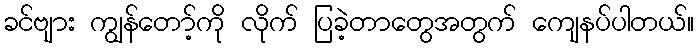
ခင်ဗျား ကျွန်တော့်ကို လိုက် ပြခဲ့တာတွေအတွက် ကျေနပ်ပါတယ်။